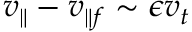
v _ { \parallel } - v _ { \parallel f } \sim \epsilon v _ { t }